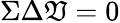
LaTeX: \Sigma\Delta\mathfrak{V}=0